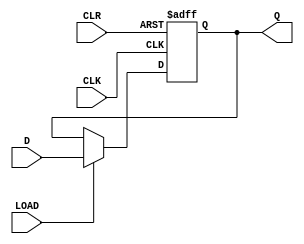
module dff_synchronous_load (
    input D, CLK, CLR, LOAD,
    output reg Q
);

always @ (posedge CLK or posedge CLR)
begin
    if (CLR)
        Q <= 1'b0;
    else if (LOAD)
        Q <= D;
end

endmodule